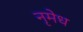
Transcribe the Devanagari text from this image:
नृमेध